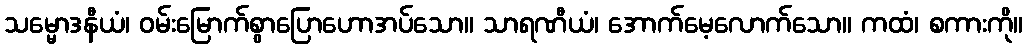
သမ္မောဒနီယံ၊ ဝမ်းမြောက်စွာပြောဟောအပ်သော။ သာရဏီယံ၊ အောက်မေ့လောက်သော။ ကထံ၊ စကားကို။